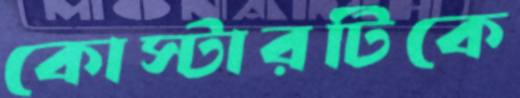
কোস্টারটিকে